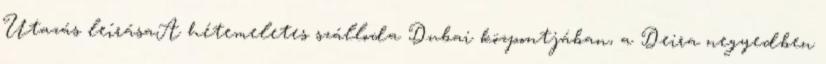
Utazás leírásaA hétemeletes szálloda Dubai központjában, a Deira negyedben